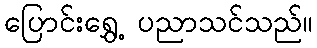
ပြောင်းရွှေ့ ပညာသင်သည်။